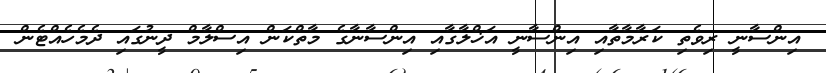
އިންސާނީ ރިވެތި ކަރާމާތާއި އިންސާނީ އަޚްލާގާއި އިންސާނާގެ މާތްކަން އިސްލާމް ދީނުގައި ދެމެހެއްޓެން